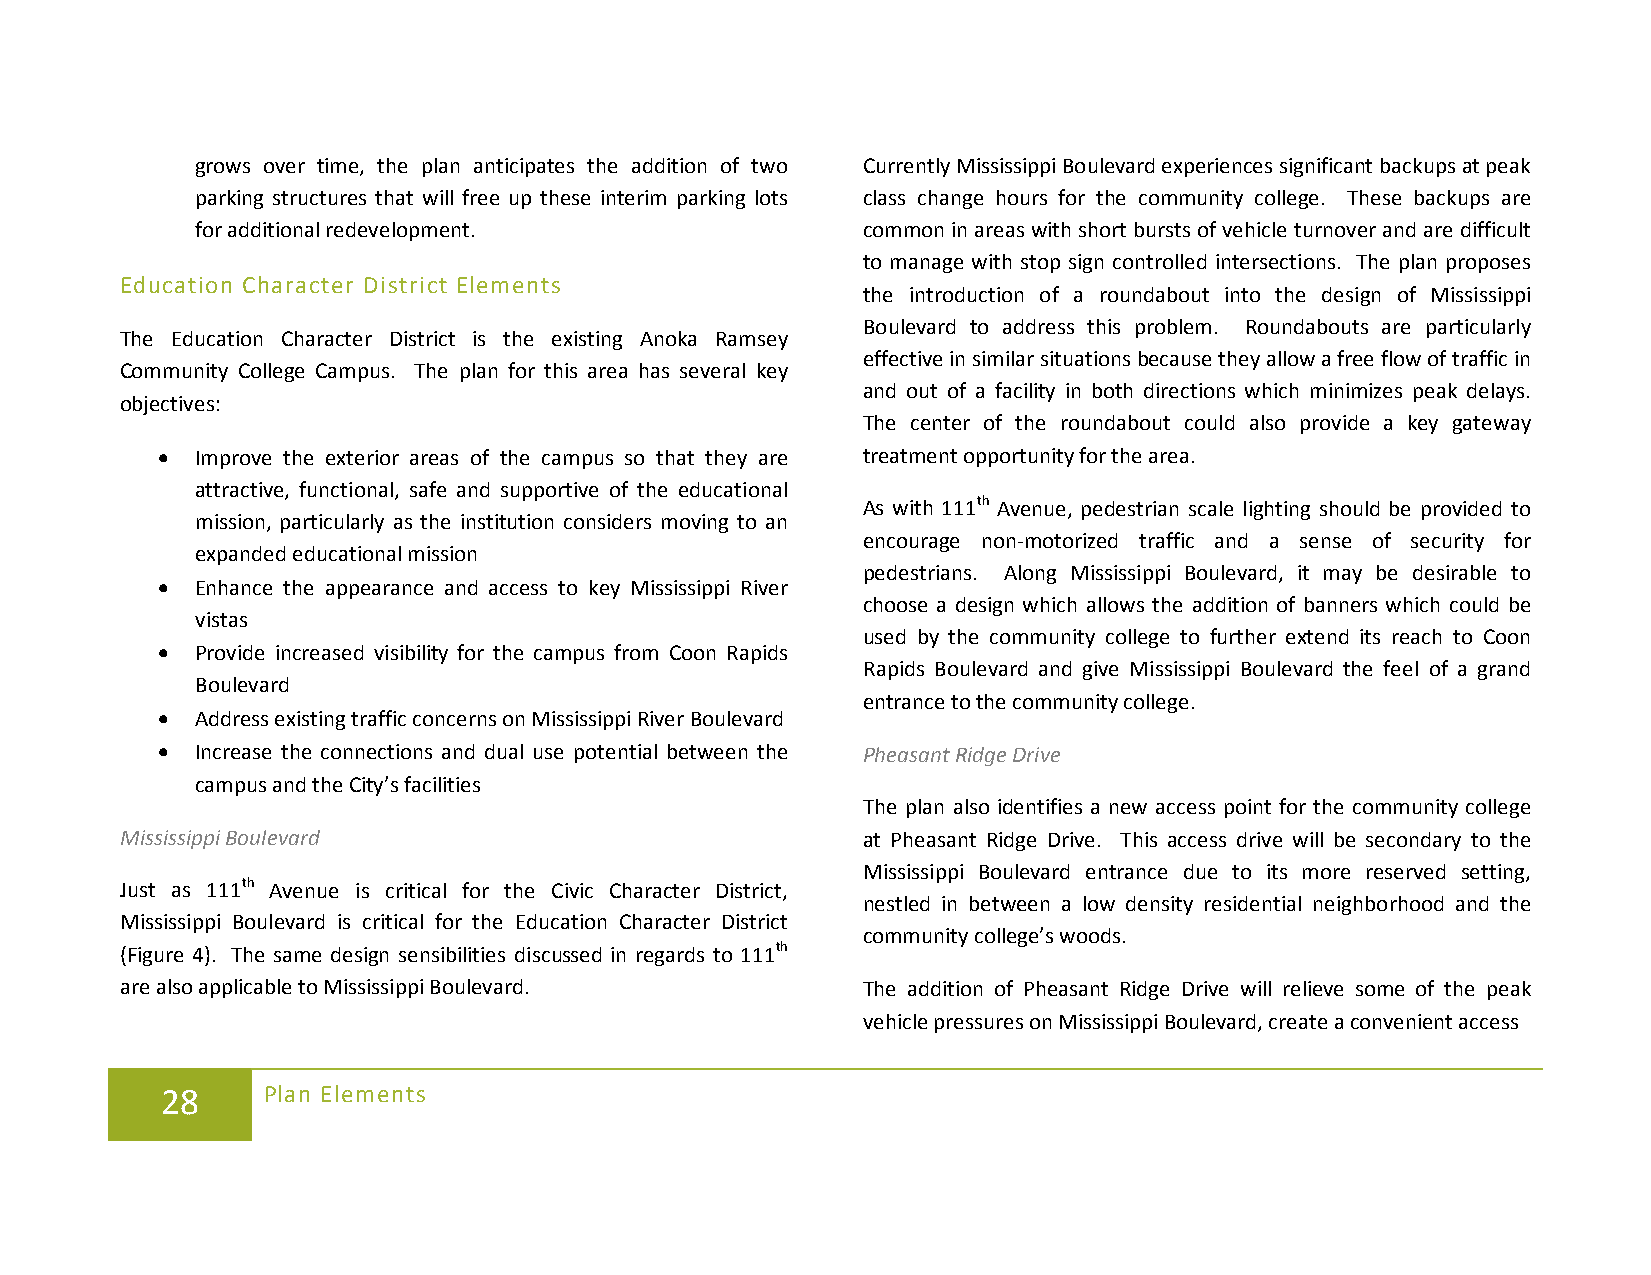
grows over time, the plan anticipates the addition of two Currently Mississippi Boulevard experiences significant backups at peak
 parking structures that will free up these interim parking lots class change hours for the community college. These backups are
 for additional redevelopment.               common in areas with short bursts of vehicle turnover and are difficult
 to manage with stop sign controlled intersections. The plan proposes
 Education Character District Elements
 the introduction of a roundabout into the design of Mississippi
 Boulevard to address this problem. Roundabouts are particularly
 The Education Character District is the existing Anoka Ramsey
 effective in similar situations because they allow a free flow of traffic in
 Community College Campus. The plan for this area has several key
 and out of a facility in both directions which minimizes peak delays.
 objectives:
 The center of the roundabout could also provide a key gateway
 •  Improve the exterior areas of the campus so that they are treatment opportunity for the area.
 attractive, functional, safe and supportive of the educational
 As with 111th Avenue, pedestrian scale lighting should be provided to
 mission, particularly as the institution considers moving to an
 encourage non-motorized traffic and a sense of security for
 expanded educational mission
 pedestrians. Along Mississippi Boulevard, it may be desirable to
 •  Enhance the appearance and access to key Mississippi River
 choose a design which allows the addition of banners which could be
 vistas
 used by the community college to further extend its reach to Coon
 •  Provide increased visibility for the campus from Coon Rapids
 Rapids Boulevard and give Mississippi Boulevard the feel of a grand
 Boulevard
 entrance to the community college.
 •  Address existing traffic concerns on Mississippi River Boulevard
 •  Increase the connections and dual use potential between the Pheasant Ridge Drive
 campus and the City’s facilities
 The plan also identifies a new access point for the community college
 Mississippi Boulevard                            at Pheasant Ridge Drive. This access drive will be secondary to the
 Mississippi Boulevard entrance due to its more reserved setting,
 Just as 111th Avenue is critical for the Civic Character District,
 nestled in between a low density residential neighborhood and the
 Mississippi Boulevard is critical for the Education Character District
 community college’s woods.
 (Figure 4). The same design sensibilities discussed in regards to 111th
 are also applicable to Mississippi Boulevard.    The addition of Pheasant Ridge Drive will relieve some of the peak
 vehicle pressures on Mississippi Boulevard, create a convenient access
 28    Plan Elements